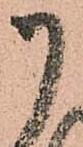
御